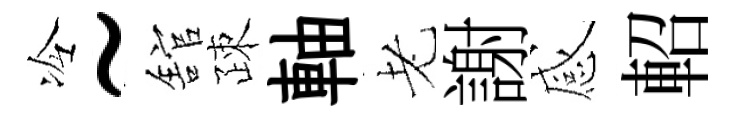
冷~舘疎軸老謝感軺